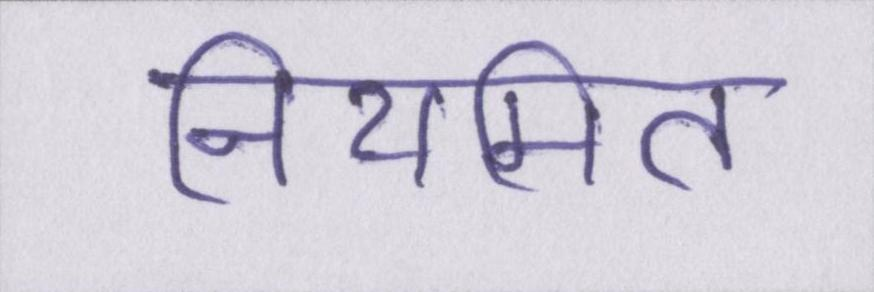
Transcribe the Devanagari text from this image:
नियमित